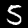
Label: 5